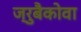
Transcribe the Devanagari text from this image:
ज्रुबैकोवा